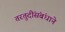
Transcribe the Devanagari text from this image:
तरतुदींसंबंधाने